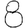
Digit: 8